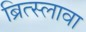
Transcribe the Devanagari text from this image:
ब्रित्स्लावा